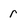
Character: r